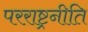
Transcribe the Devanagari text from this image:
परराष्ट्रनीति